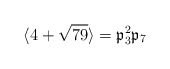
\begin{align*}\langle 4+\sqrt{79}\rangle=\mathfrak{p}_3^2 \mathfrak{p}_7\end{align*}